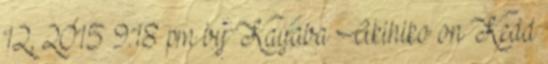
12, 2015 9:18 pm by Kayaba Akihiko on Kedd